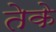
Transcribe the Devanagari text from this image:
तेके